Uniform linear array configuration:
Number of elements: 4
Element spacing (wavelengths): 1
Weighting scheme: blackman
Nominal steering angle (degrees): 30
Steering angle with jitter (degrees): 29.984
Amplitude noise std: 0.05
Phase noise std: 0.05

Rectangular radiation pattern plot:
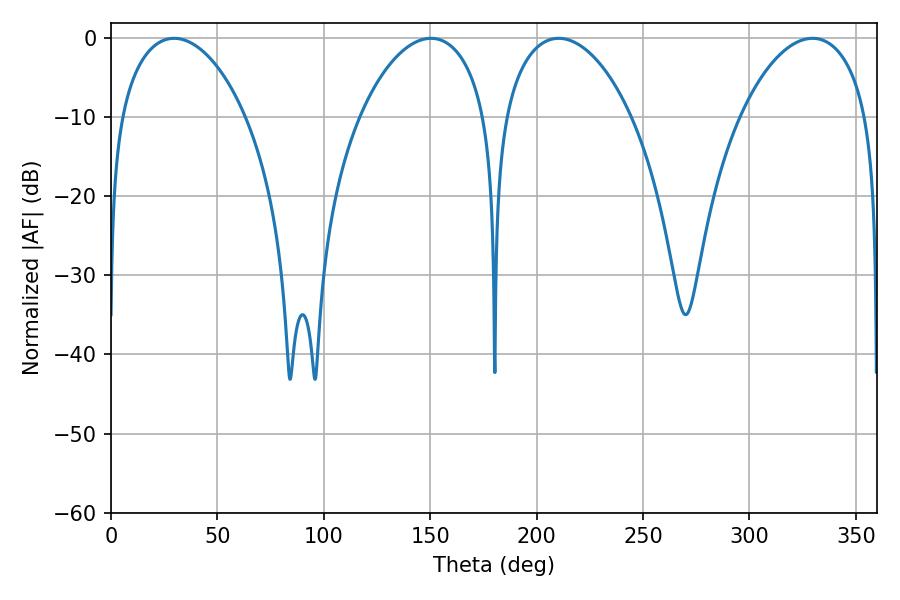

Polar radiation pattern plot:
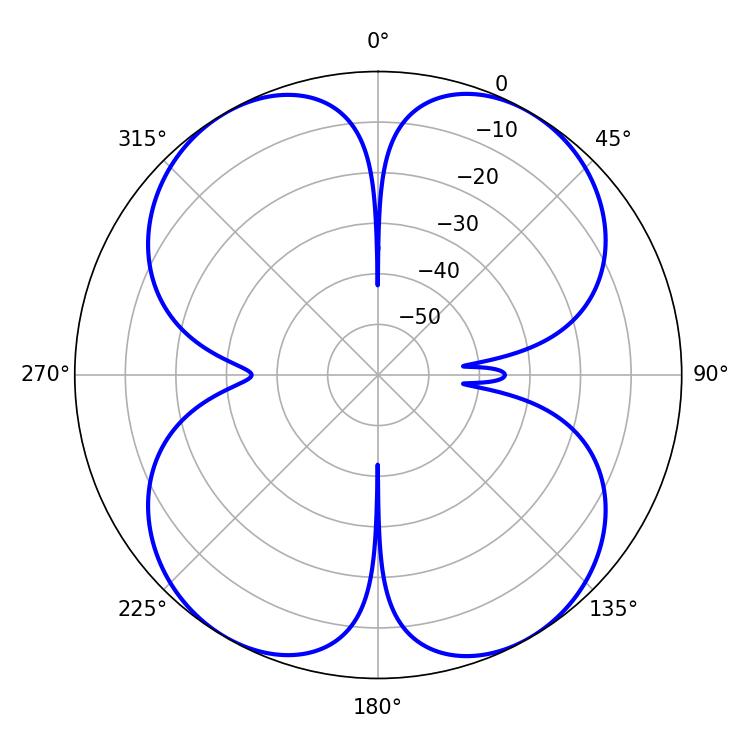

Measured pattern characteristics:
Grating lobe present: TRUE
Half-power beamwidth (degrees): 33.84
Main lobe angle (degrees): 29.7